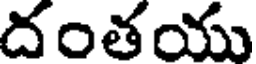
దంతయు